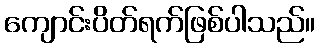
ကျောင်းပိတ်ရက်ဖြစ်ပါသည်။